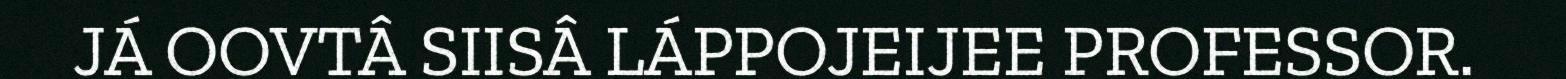
JÁ OOVTÂ SIISÂ LÁPPOJEIJEE PROFESSOR.